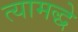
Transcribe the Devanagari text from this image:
त्यामद्धे